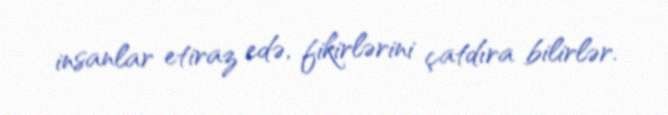
insanlar etiraz edə, fikirlərini çatdıra bilirlər.